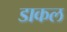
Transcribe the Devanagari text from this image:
डाकल